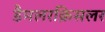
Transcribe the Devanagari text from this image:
डैमलरक्रिसलर